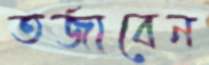
তর্জাবেন